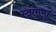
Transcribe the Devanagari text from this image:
स्वरसमूह